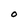
Character: O